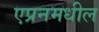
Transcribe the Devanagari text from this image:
एप्रनमधील